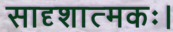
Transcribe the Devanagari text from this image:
सादृशात्मकः।